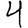
Digit: 4